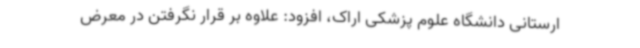
ارستانی دانشگاه علوم پزشکی اراک، افزود: علاوه بر قرار نگرفتن در معرض